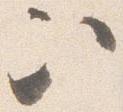
次